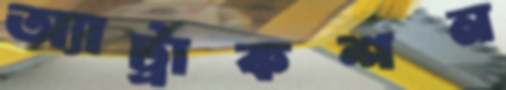
অ্যাট্রাকশন